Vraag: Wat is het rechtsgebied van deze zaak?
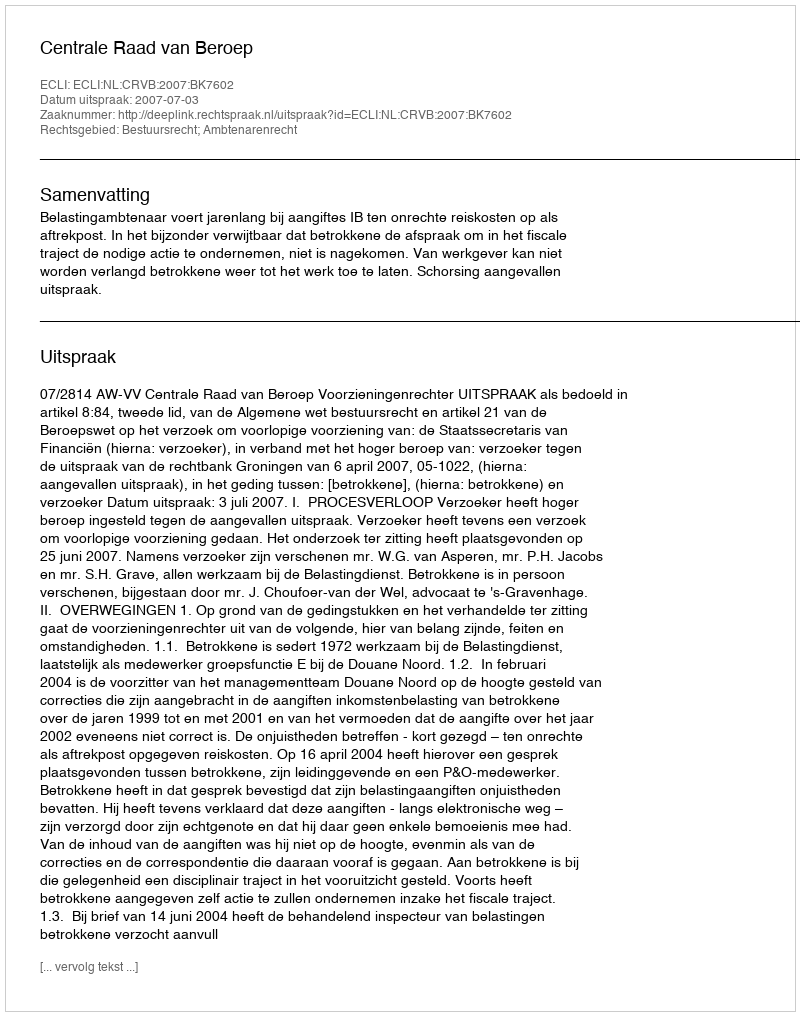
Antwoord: Bestuursrecht; Ambtenarenrecht